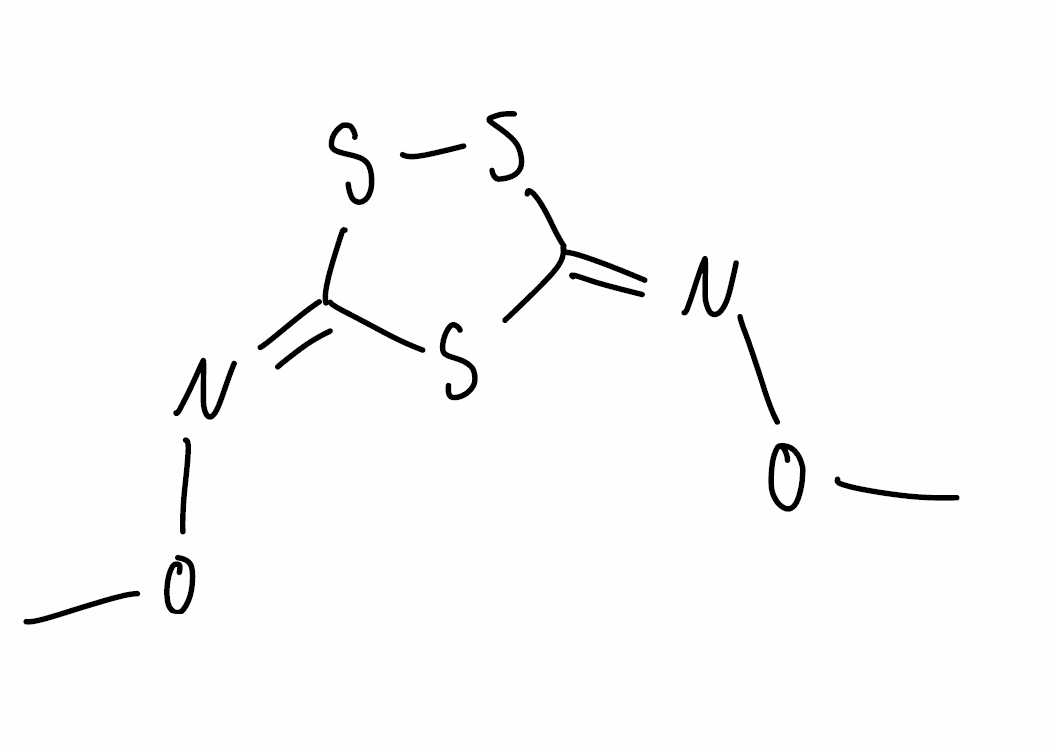
Simplified molecular-input line-entry system (SMILES) notation of the given molecule:
CO/N=C\1/SS/C(=N/OC)/S1